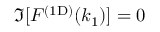
\Im [ \mathinner { F ^ { \mathrm { ( 1 D ) } } \mathopen { \left( k _ { 1 } \right) } } ] = 0